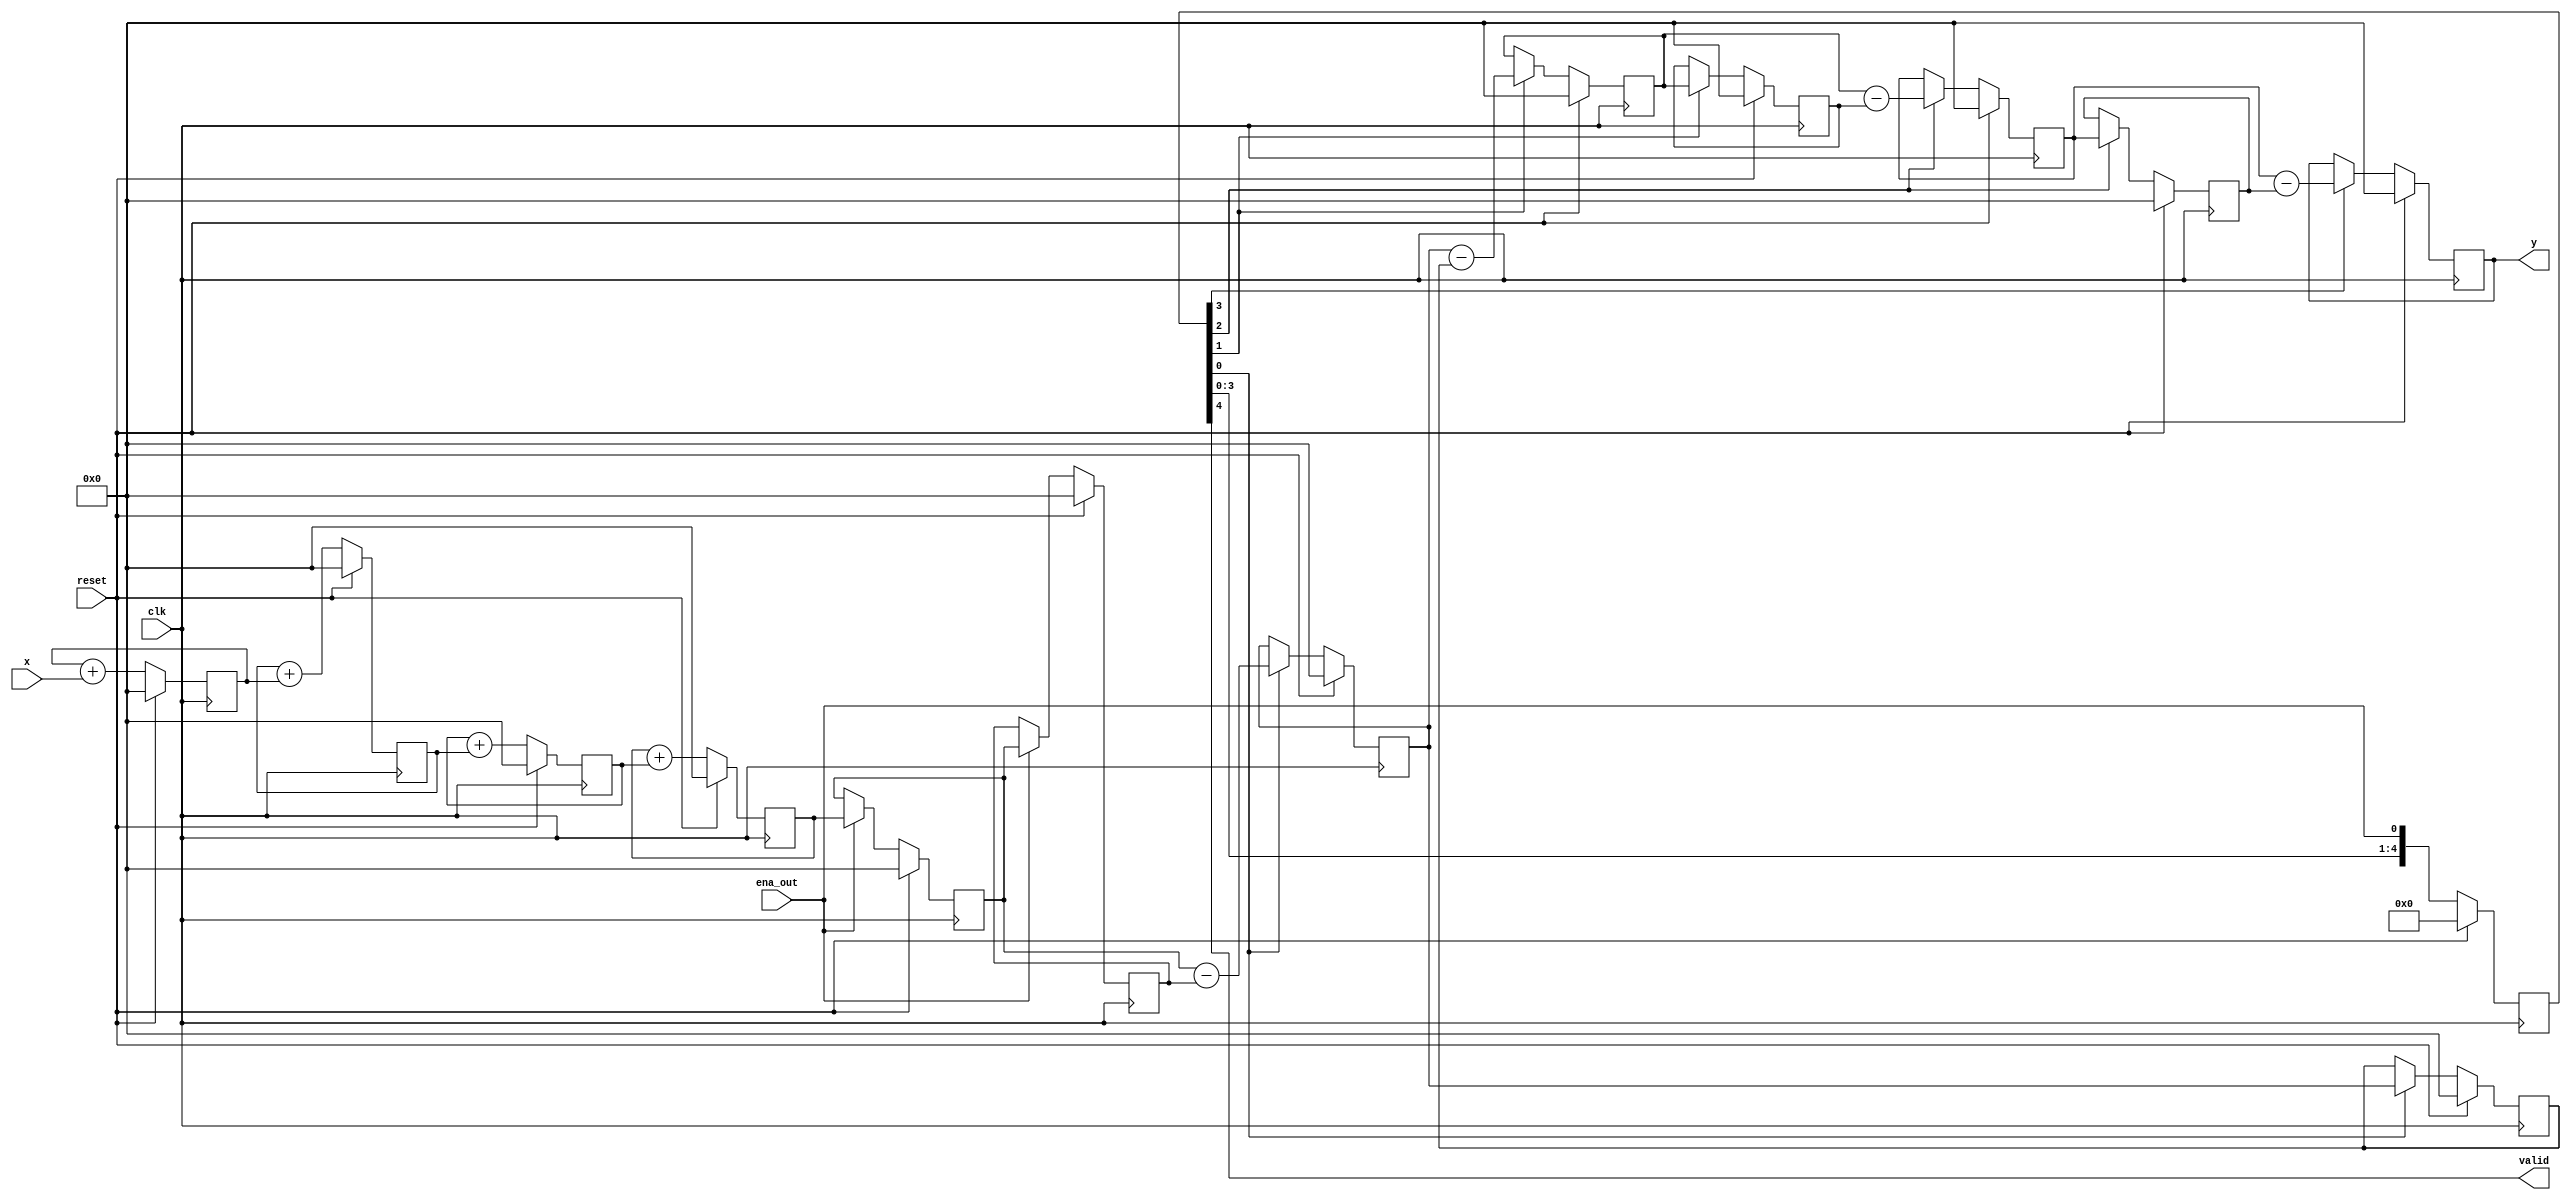
module cic_dec_3 #(
	parameter NUM_STAGES = 4,						// Stages of int / comb
	          STG_GSZ = 8,							// Bit growth per stage
	          ISZ = 10,								// Input word size
	          ASZ = (ISZ + (NUM_STAGES * STG_GSZ)),	// Integrator/Adder word size
	          OSZ = ASZ	                            // Output word size
)
(
	input clk,						// System clock
	input reset,					// System POR
	input ena_out,					// Decimated output rate (2 clks wide)
	input signed [ISZ-1:0] x,	    // Input data
	output signed [OSZ-1:0] y,	    // Output data
	output valid					// Output Valid
);	
	// sign-extend input
	wire signed [ASZ-1:0] x_sx = {{ASZ-ISZ{x[ISZ-1]}},x};

	// Integrators
	reg signed [ASZ-1:0] integrator[0:NUM_STAGES-1];
	always @(posedge clk)
	begin
		if(reset == 1'b1)
		begin
			integrator[0] <= {ASZ{1'b0}};
		end
		else
		begin
			integrator[0] <= integrator[0] + x_sx;
		end
	end
	generate
		genvar i;
		for(i=1;i<NUM_STAGES;i=i+1)
		begin
			always @(posedge clk)
			begin
				if(reset == 1'b1)
                begin
					integrator[i] <= {ASZ{1'b0}};
                end
				else
                begin
					integrator[i] <= integrator[i] + integrator[i-1];
                end
			end
		end
	endgenerate
		
	// Combs
	reg [NUM_STAGES:0] comb_ena;
	reg signed [OSZ-1:0] comb_diff[0:NUM_STAGES];
	reg signed [OSZ-1:0] comb_dly[0:NUM_STAGES];
	always @(posedge clk)
	begin
		if(reset == 1'b1)
		begin
			comb_ena <= {NUM_STAGES+2{1'b0}};
			comb_diff[0] <= {OSZ{1'b0}};
			comb_dly[0] <= {OSZ{1'b0}};
		end
		else
        begin
            if(ena_out == 1'b1)
            begin
                comb_diff[0] <= integrator[NUM_STAGES-1]>>>(ASZ-OSZ);
                comb_dly[0] <= comb_diff[0];
            end
            comb_ena <= {comb_ena[NUM_STAGES:0],ena_out};
        end
	end
	generate
		genvar j;
		for(j=1;j<=NUM_STAGES;j=j+1)
		begin
			always @(posedge clk)
			begin
				if(reset == 1'b1)
				begin
					comb_diff[j] <= {OSZ{1'b0}};
					comb_dly[j] <= {OSZ{1'b0}};
				end
				else if(comb_ena[j-1] == 1'b1)
				begin
					comb_diff[j] <= comb_diff[j-1] - comb_dly[j-1];
					comb_dly[j] <= comb_diff[j];
				end
			end
		end
	endgenerate
	
	// assign output
	assign y = comb_diff[NUM_STAGES];
	assign valid = comb_ena[NUM_STAGES];
endmodule